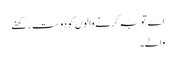
اے توبہ کرنے والوں کو دوست رکھنے
والے۔